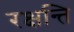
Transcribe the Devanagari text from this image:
रक्षन्ति